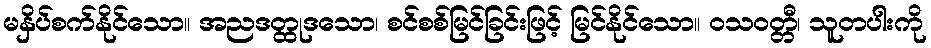
မနှိပ်စက်နိုင်သော။ အညဒတ္ထုဒသော၊ စင်စစ်မြင်ခြင်းဖြင့် မြင်နိုင်သော။ ဝသဝတ္တီ၊ သူတပါးကို